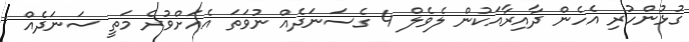
ގުޅުންހުރި އެހެން ދާއިރާއަކުން ލެވެލް 4 ގެސަނަދެއް ނުވަތަ އެއަށްވުރެ މަތީ ސަނަދެއް